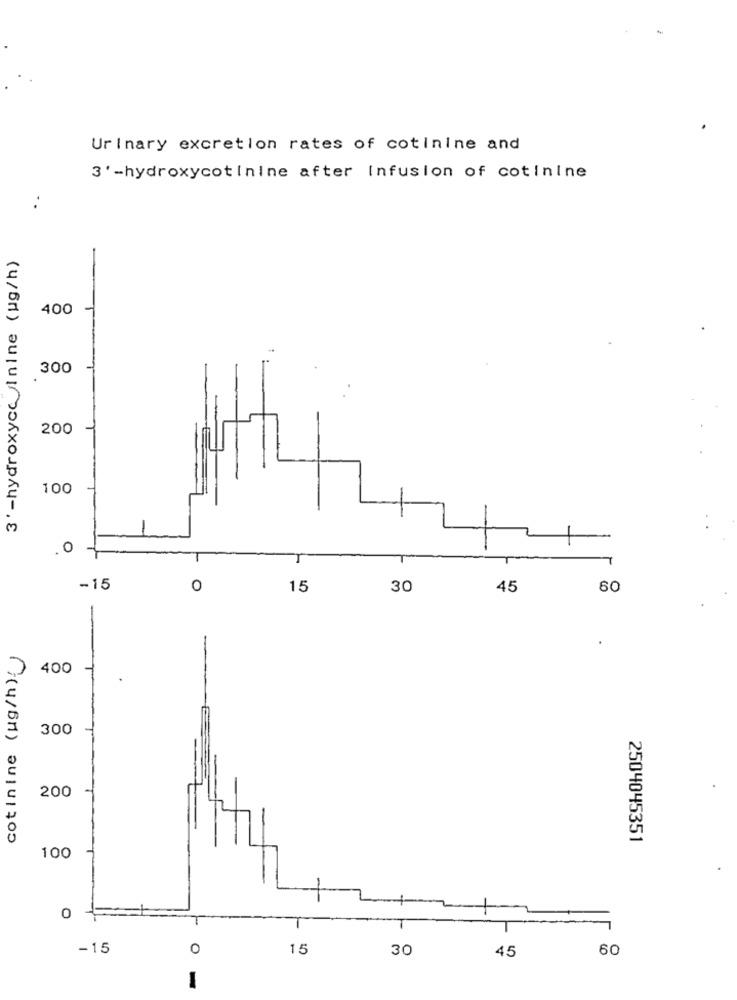
Urinary excretion rates of cotinine and
3' -hydroxycotinine after Infusion of cotinine
. .
3 ' -hydroxycc Inine (ug/h)
400
300
.
200
100
O
-15
O
15
30
45
60
cotinine (ug/h) )
400
300
200
2504045351
100
O
-15
O
15
30
45
60
-